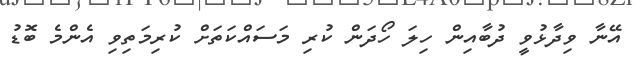
އޭނާ ވިދާޅުވީ ދުބާއިން ހިލަ ހޯދަން ކުރި މަސައްކަތަށް ކުރިމަތިވި އެންމެ ބޮޑު